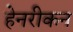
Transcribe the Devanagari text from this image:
हेनरीकन